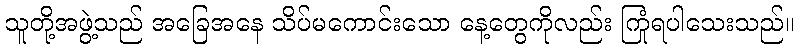
သူတို့အဖွဲ့သည် အခြေအနေ သိပ်မကောင်းသော နေ့တွေကိုလည်း ကြုံရပါသေးသည်။